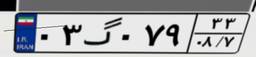
۷۷گ۲۸۳۱۲